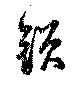
鎖